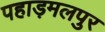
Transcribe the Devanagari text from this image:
पहाड़मलपुर